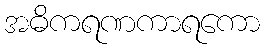
အဓိကရဏကာရကော